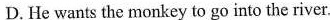
D.He wants the monkey to go into the river.